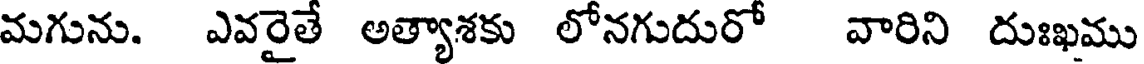
మగును. ఎవరైతే అత్యాశకు లోనగుదురో వారిని దుఃఖము